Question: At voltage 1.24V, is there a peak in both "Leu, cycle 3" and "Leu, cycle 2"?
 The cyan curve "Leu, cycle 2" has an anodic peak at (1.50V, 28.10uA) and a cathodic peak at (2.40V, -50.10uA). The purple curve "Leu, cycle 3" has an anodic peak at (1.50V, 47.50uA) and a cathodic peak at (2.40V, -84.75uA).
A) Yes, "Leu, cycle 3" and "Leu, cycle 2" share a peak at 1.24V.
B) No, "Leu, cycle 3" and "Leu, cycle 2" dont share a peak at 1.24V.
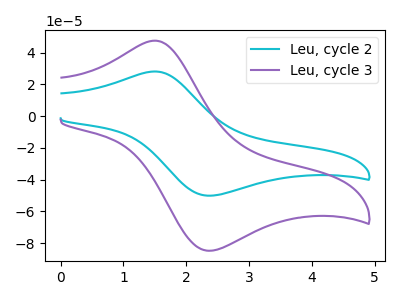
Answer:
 <answer>B) No, "Leu, cycle 3" and "Leu, cycle 2" dont share a peak at 1.24V.</answer>
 <eval>B</eval>